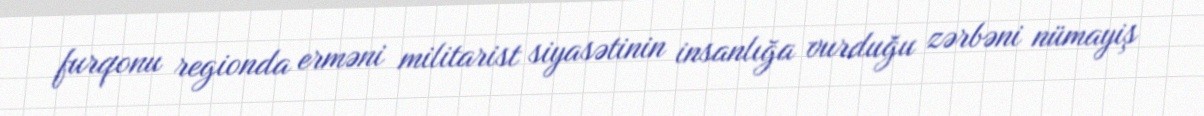
furqonu regionda erməni militarist siyasətinin insanlığa vurduğu zərbəni nümayiş